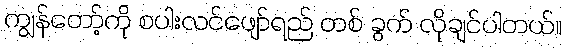
ကျွန်တော့်ကို စပါးလင်ဖျော်ရည် တစ် ခွက် လိုချင်ပါတယ်။